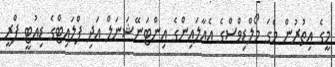
މީގެ އިތުރުން މެގަ މޯލްޑިވްސްގެ އެއާލައިންގެ އިންޓަނޭޝަނަލް އަދި ފްލައިޓްގެ ޑިއުޓީ ފްރީ